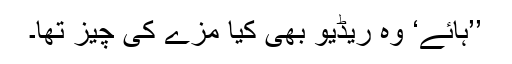
’’ہائے‘ وہ ریڈیو بھی کیا مزے کی چیز تھا۔